system: You are a helpful assistant.
user:
Analyze the provided spectrum to determine if it is a **"Cataclysmic Variables (CV)"**.

- **Key Indicators for CV (Check for either state):**
    - **State 1: Quiescent / Low-State (Emission-Dominated)**
        - **(Primary):** Strong and *very broad* Hydrogen Balmer emission lines (e.g., $H\alpha$ at 6563 Å, $H\beta$ at 4861 Å). The 'broadness' (high velocity dispersion, often FWHM > 1000 km/s) is the key diagnostic, indicating a high-velocity accretion disk.
        - **(Secondary):** Broad neutral Helium (He I) emission lines (e.g., 5876 Å, 6678 Å).
        - **(Key Confirmation):** Presence of high-excitation *ionized* Helium (He II) emission at 4686 Å. This is a strong indicator of accretion onto a white dwarf.
        - **(Line Profile):** Emission lines may exhibit a 'double-peaked' profile, which is a classic signature of a rotating accretion disk viewed at high inclination.

    - **State 2: Outburst / High-State (Absorption-Dominated)**
        - **(Primary):** Spectrum is dominated by a bright, blue continuum (looks like a hot star).
        - **(Secondary):** The emission lines from State 1 are weak, absent, or 'filled in', and are replaced by broad, shallow *absorption* lines (primarily Balmer and He I).
        - **(Morphology):** The overall spectrum mimics a hot B/A-type star. The crucial difference is that the absorption lines are significantly broader, shallower, and more 'washed-out' (or 'smeared') than the sharp lines of a normal stellar photosphere, due to high rotational speeds and pressure broadening in the disk.

Think first, call **spectral_visualization_tool** if needed to examine features in detail, then provide your final answer. Your response must adhere to the following strict rules:
1.  **Overall Structure:** Your response must follow the format `<think>...</think> <tool_call>...</tool_call> (if a tool is used) <answer>...</answer>`.
2.  **Tool Usage Constraint:** You may only make **one** tool call per turn.
3.  **Final Answer Format:** In the `<answer>` tag, your conclusion must be inside a `\boxed{}` command (e.g., `\boxed{YES}`), followed by your justification.

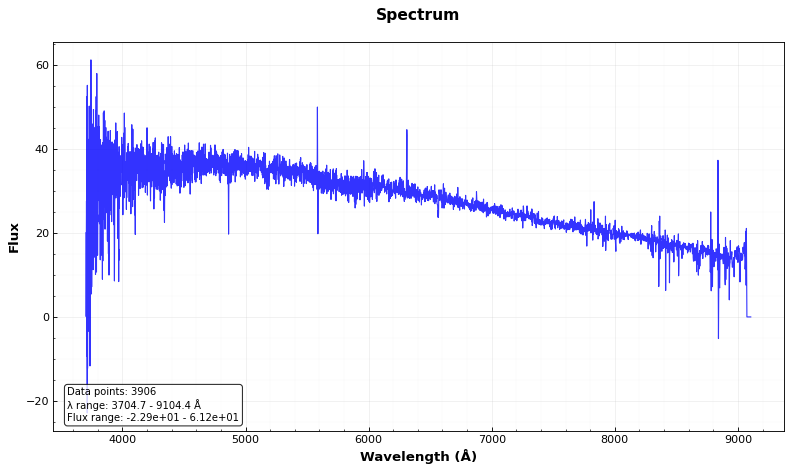
Answer: NO